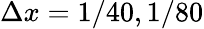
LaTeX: \Delta x=1/40,1/80